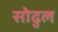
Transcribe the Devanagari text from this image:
सोढुल